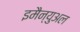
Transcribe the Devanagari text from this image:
इमैन्युअल